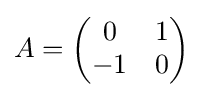
A={\begin{pmatrix}0&1\\-1&0\end{pmatrix}}